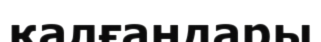
қалғандары